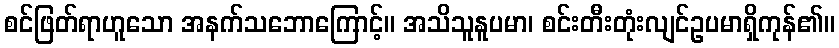
စင်ဖြတ်ရာဟူသော အနက်သဘောကြောင့်။ အသိသူနူပမာ၊ စင်းတီးတုံးလျင်ဥပမာရှိကုန်၏။